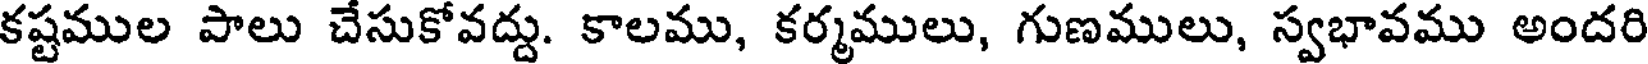
కష్టముల పాలు చేసుకోవద్దు. కాలము, కర్మములు, గుణములు, స్వభావము అందరి